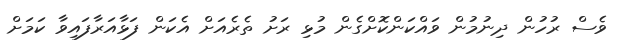
ވެސް ރުހުން ދިނުމުން ވައްކަންކޮށްގެން މުޅި ރަށު ތެރެއަށް އެކަން ފަޅާއަރާފައިވާ ކަމަށް